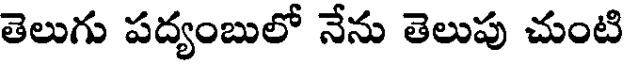
తెలుగు పద్యంబులో నేను తెలుపు చుంటి